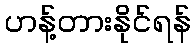
ဟန့်တားနိုင်ရန်